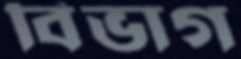
বিভাগ